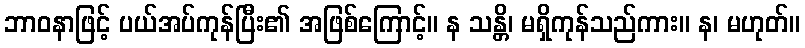
ဘာဝနာဖြင့် ပယ်အပ်ကုန်ပြီး၏ အဖြစ်ကြောင့်။ န သန္တိ၊ မရှိကုန်သည်ကား။ န၊ မဟုတ်။